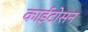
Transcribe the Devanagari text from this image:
काईटोसन